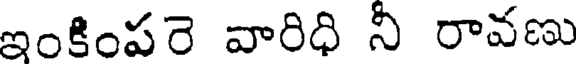
ఇంకింపరె వారిధి నీ రావణు